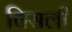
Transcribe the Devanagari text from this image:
विसली